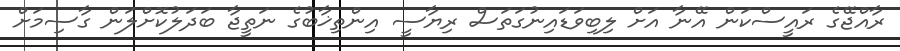
ރާއްޖޭގެ ރައީސްކަން އޭނާ އަށް ލިބިވަޑައިނުގަތަސް ރިޔާސީ އިންތިޚާބުގެ ނަތީޖާ ބަދަލުކޮށްލަން ގާސިމަށް